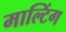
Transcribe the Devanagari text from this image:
माल्टिंग